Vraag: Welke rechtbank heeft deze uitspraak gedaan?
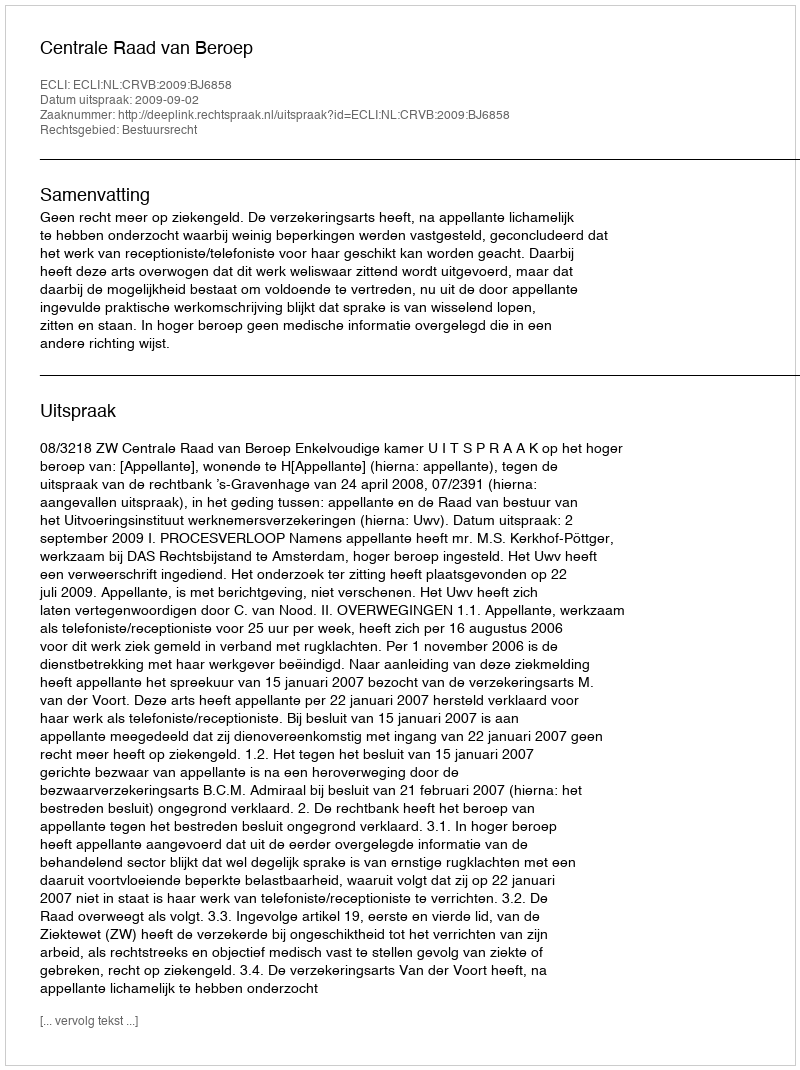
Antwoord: Centrale Raad van Beroep